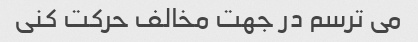
می ترسم در جهت مخالف حرکت کنی